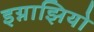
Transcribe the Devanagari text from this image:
इग्नाझियो